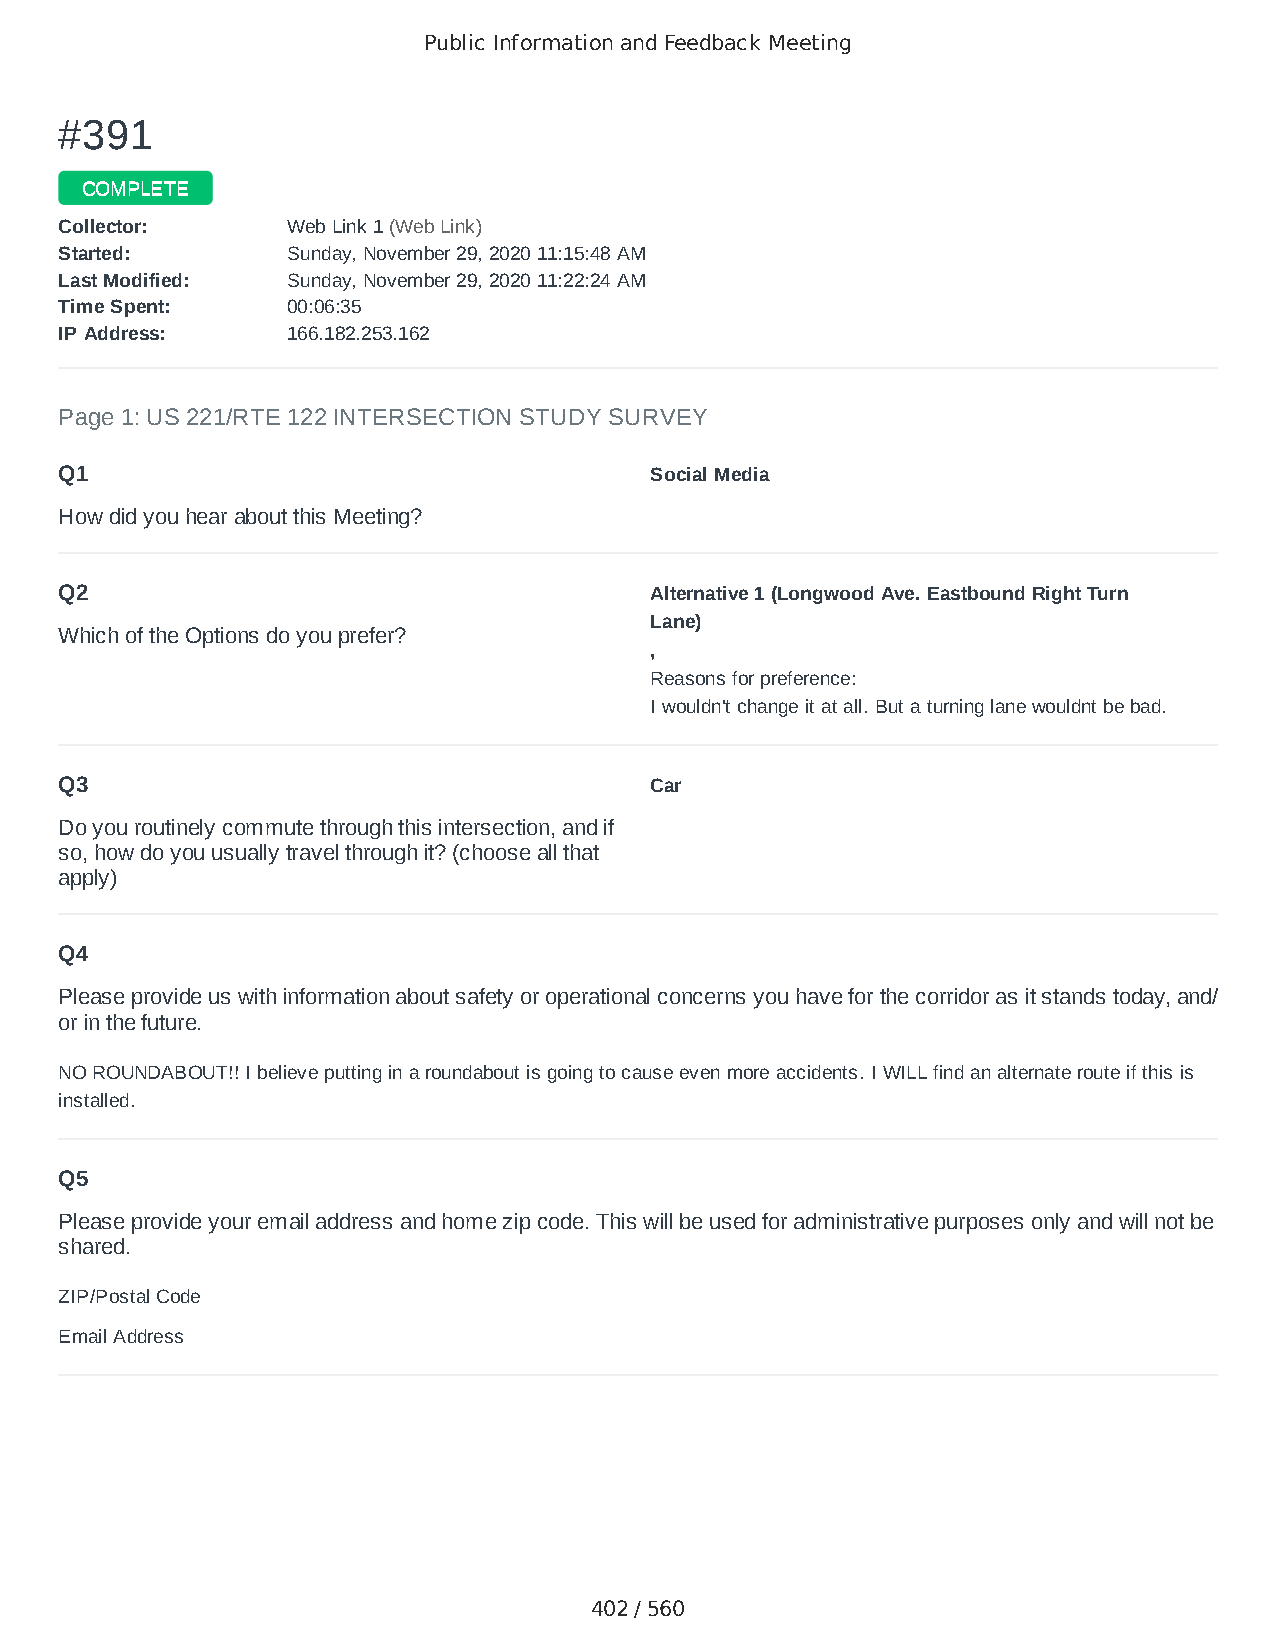
Public Information and Feedback Meeting
 ##339911
 CCOOMMPPLLEETTEE
 CCoolllleeccttoorr:: WWeebb LLiinnkk 11 ((WWeebb LLiinnkk))
 SSttaarrtteedd:: SSuunnddaayy,, NNoovveemmbbeerr 2299,, 22002200 1111::1155::4488 AAMM
 LLaasstt MMooddiiffiieedd:: SSuunnddaayy,, NNoovveemmbbeerr 2299,, 22002200 1111::2222::2244 AAMM
 TTiimmee SSppeenntt:: 0000::0066::3355
 IIPP AAddddrreessss:: 116666..118822..225533..116622
 Page 1: US 221/RTE 122 INTERSECTION STUDY SURVEY
 Q1                                     Social Media
 How did you hear about this Meeting?
 Q2                                     Alternative 1 (Longwood Ave. Eastbound Right Turn
 Lane)
 Which of the Options do you prefer?
 ,
 Reasons for preference:
 I wouldn't change it at all. But a turning lane wouldnt be bad.
 Q3                                     Car
 Do you routinely commute through this intersection, and if
 so, how do you usually travel through it? (choose all that
 apply)
 Q4
 Please provide us with information about safety or operational concerns you have for the corridor as it stands today, and/
 or in the future.
 NO ROUNDABOUT!! I believe putting in a roundabout is going to cause even more accidents. I WILL find an alternate route if this is
 installed.
 Q5
 Please provide your email address and home zip code. This will be used for administrative purposes only and will not be
 shared.
 ZIP/Postal Code                        24523
 Email Address                          leighbrewbaker35@gmail.com
 402 / 560